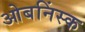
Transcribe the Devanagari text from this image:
ओबनिंस्क